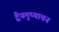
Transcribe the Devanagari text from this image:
द्वैयमुष्यायन